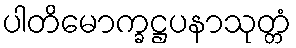
ပါတိမောက္ခဋ္ဌပနာသုတ္တံ